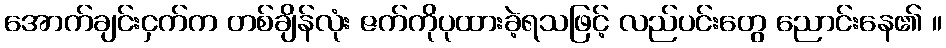
အောက်ချင်းငှက်က တစ်ချိန်လုံး ဇက်ကိုပုထားခဲ့ရသဖြင့် လည်ပင်းတွေ ညောင်းနေ၏ ။